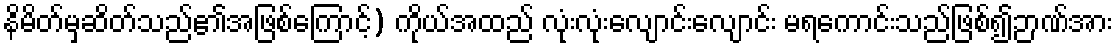
နိမိတ်မှဆိတ်သည်၏အဖြစ်ကြောင့်) ကိုယ်အထည် လုံးလုံးလျောင်းလျောင်း မရကောင်းသည်ဖြစ်၍ဉာဏ်အား